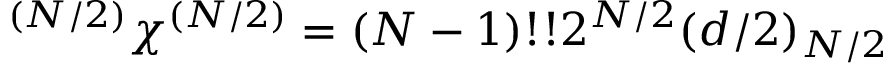
^ { ( N / 2 ) } \chi ^ { ( N / 2 ) } = ( N - 1 ) ! ! 2 ^ { N / 2 } ( d / 2 ) _ { N / 2 }